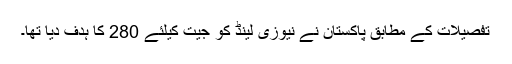
تفصیلات کے مطابق پاکستان نے نیوزی لینڈ کو جیت کیلئے 280 کا ہدف دیا تھا۔